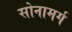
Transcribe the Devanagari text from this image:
सोनामर्ग